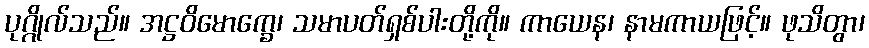
ပုဂ္ဂိုလ်သည်။ အဋ္ဌဝိမောက္ခေ၊ သမာပတ်ရှစ်ပါးတို့ကို။ ကာယေန၊ နာမကာယဖြင့်။ ဖုသိတွာ၊